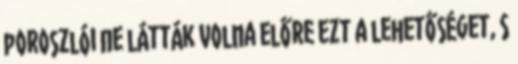
poroszlói ne látták volna előre ezt a lehetőséget, s